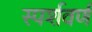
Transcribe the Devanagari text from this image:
स्पर्शवर्ण